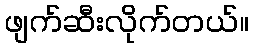
ဖျက်ဆီးလိုက်တယ်။